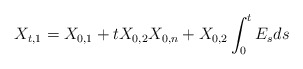
\begin{align*} X_{t,1} = X_{0,1} + tX_{0,2}X_{0,n} + X_{0,2}\int_0^t E_s ds\end{align*}